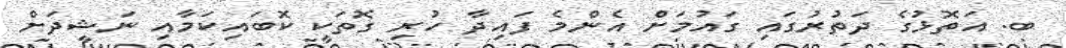
ބ. އަތޮޅުގެ ދަތުރުގައި ގައުމަށް އެންމެ ފައިދާ ހުރި ގޮތަކީ ކޮބައިކަމާއި ނަޝީދަށް